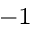
^ { - 1 }